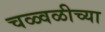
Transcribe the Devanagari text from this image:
चळ्वळीच्या